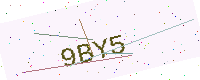
Text: 9BY5